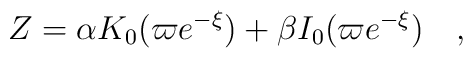
Z = \alpha K_0(\varpi e^{-\xi}) + \beta I_0(\varpi e^{-\xi}) \quad ,